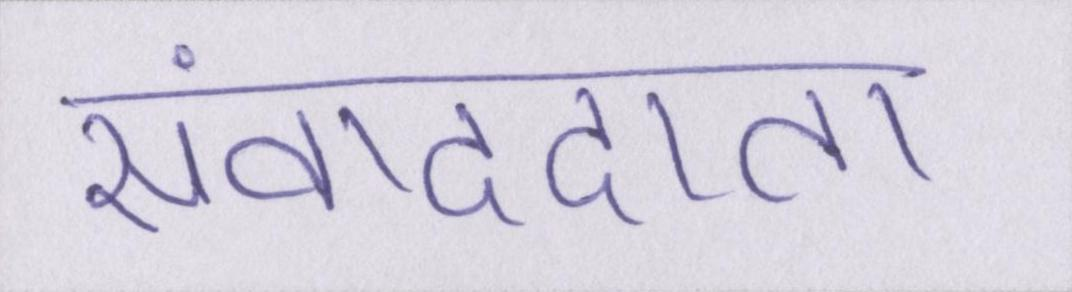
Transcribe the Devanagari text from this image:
संवाददाता